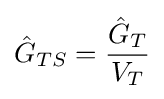
{\hat {G}}_{TS}={\frac {{\hat {G}}_{T}}{{V}_{T}}}